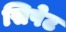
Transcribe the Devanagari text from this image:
सिपेट